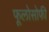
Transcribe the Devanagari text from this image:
फूलोसोफी